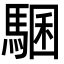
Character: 𩤁